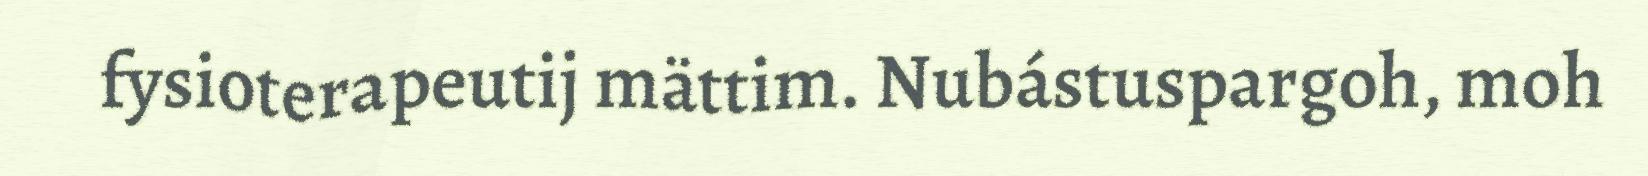
fysioterapeutij mättim. Nubástuspargoh, moh